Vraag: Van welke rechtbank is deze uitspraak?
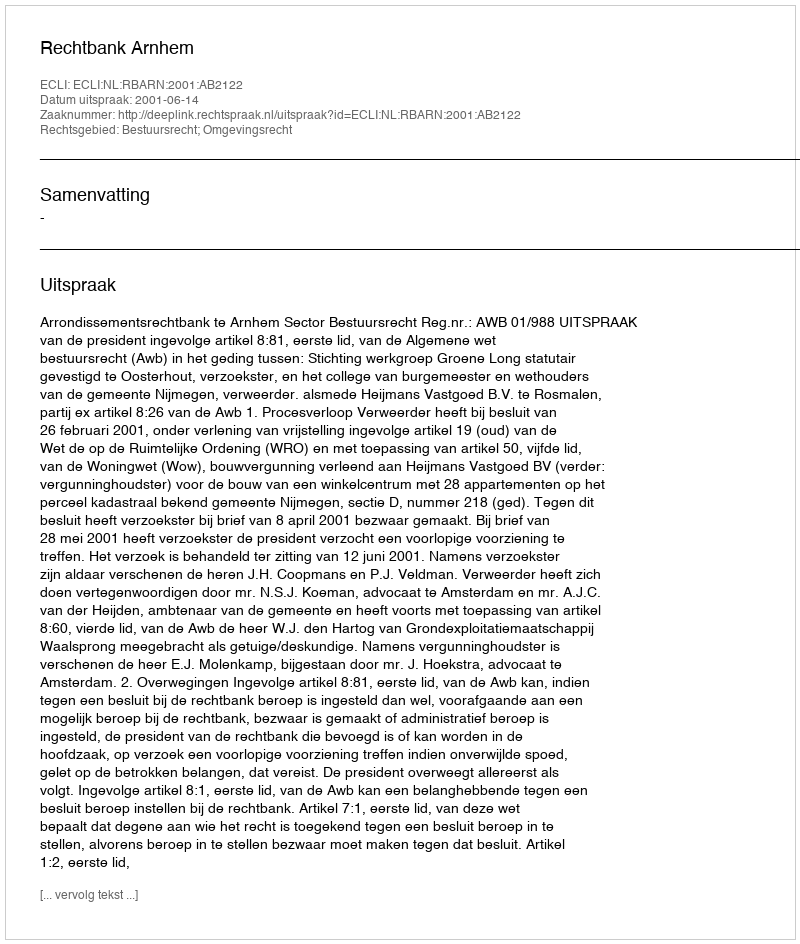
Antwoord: Rechtbank Arnhem